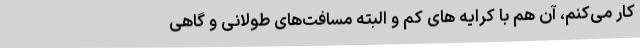
کار می‌کنم، آن هم با کرایه های کم و البته مسافت‌های طولانی و گاهی